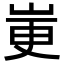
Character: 𫵼